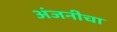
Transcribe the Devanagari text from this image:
अंजनीचा